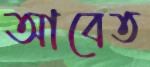
আবেত